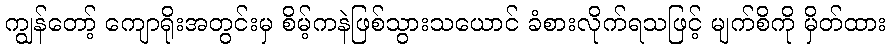
ကျွန်တော့် ကျောရိုးအတွင်းမှ စိမ့်ကနဲဖြစ်သွားသယောင် ခံစားလိုက်ရသဖြင့် မျက်စိကို မှိတ်ထား